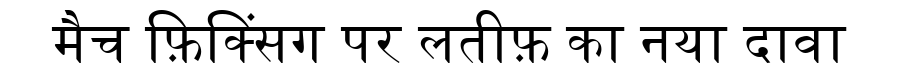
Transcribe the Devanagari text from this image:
मैच फ़िक्सिंग पर लतीफ़ का नया दावा